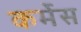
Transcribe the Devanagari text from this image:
कर्मेस